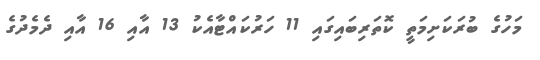
މަހުގެ ބުރަކަށިމަތީ ކޮތަރިބައިގައި 11 ހަރުކައްޓާއެކު 13 އާއި 16 އާއި ދެމެދުގެ